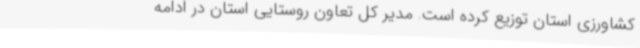
کشاورزی استان توزیع کرده است. مدیر کل تعاون روستایی استان در ادامه